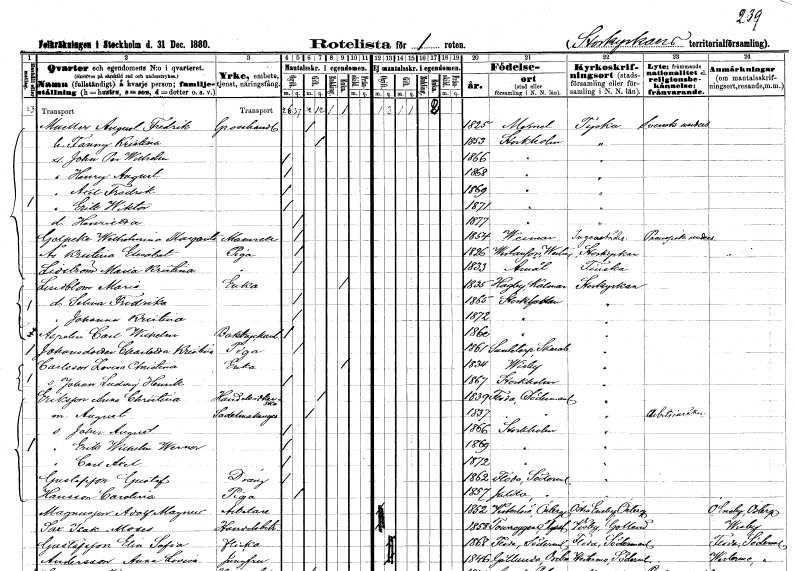
gt_parse: households: individuals: FN: August Fredrik
EN: Mueller
YRKE: Grosshandlare
KON: M
CIV: G
FODAR: 1825
FN: Fanny Kristina
KON: K
CIV: G
FODAR: 1853
FODFORS: Stockholm
FN: John Per Wilhelm
KON: M
CIV: O
FODAR: 1866
FODFORS: Stockholm
FN: Henry August
KON: M
CIV: O
FODAR: 1868
FODFORS: Stockholm
FN: Axel Fredrik
KON: M
CIV: O
FODAR: 1869
FODFORS: Stockholm
FN: Erik Wiktor
KON: M
CIV: O
FODAR: 1871
FODFORS: Stockholm
FN: Henrietta
KON: K
CIV: O
FODAR: 1877
FODFORS: Stockholm
FN: Wilhelmina Margareta
EN: Gelpeke
KON: K
CIV: G
FODAR: 1854
FN: Kristina Elisabet
EN: Ås
YRKE: Piga
KON: K
CIV: O
FODAR: 1826
FODFORS: Västanfors Västmanlands län
FN: Maria Kristina
EN: Lidström
YRKE: Piga
KON: K
CIV: O
FODAR: 1833
FODFORS: Åmål Älvsborgs län
FN: Maria
EN: Lindblom
YRKE: Änka
KON: K
CIV: E
FODAR: 1835
FODFORS: Hagby Kalmar län
FN: Selma Fredrika
KON: K
CIV: O
FODAR: 1865
FODFORS: Stockholm
FN: Johanna Kristina
KON: K
CIV: O
FODAR: 1872
FODFORS: Stockholm
FN: Carl Wilhelm
EN: Aspelin
YRKE: Boktryckeriarbetare
KON: M
CIV: O
FODAR: 1860
FODFORS: Stockholm
FN: Charlotta Kristina
EN: Johansdotter
YRKE: Piga
KON: K
CIV: O
FODAR: 1861
FODFORS: Eggby Skaraborgs län
FN: Lovisa Christina
EN: Carlsson
YRKE: Änka
KON: K
CIV: E
FODAR: 1834
FODFORS: Visby Gotlands län
FN: Johan Ludvig Henrik
KON: M
CIV: O
FODAR: 1867
FODFORS: Stockholm
FN: Anna Christina
EN: Eriksson
YRKE: Handelsidkerska
KON: K
CIV: G
FODAR: 1839
FODFORS: Floda Södermanlands län
FN: August
YRKE: Sadelmakaregesäll
KON: M
CIV: G
FODAR: 1837
FODFORS: Floda Södermanlands län
FN: John August
KON: M
CIV: O
FODAR: 1866
FODFORS: Stockholm
FN: Erik Wilhelm Werner
KON: M
CIV: O
FODAR: 1869
FODFORS: Stockholm
FN: Carl Axel
KON: M
CIV: O
FODAR: 1872
FODFORS: Stockholm
FN: Gustaf
EN: Gustafsson
YRKE: Dräng
KON: M
CIV: O
FODAR: 1862
FODFORS: Floda Södermanlands län
FN: Carolina
EN: Hansson
YRKE: Piga
KON: K
CIV: O
FODAR: 1857
FODFORS: Julita Södermanlands län